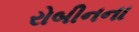
રોબીનના